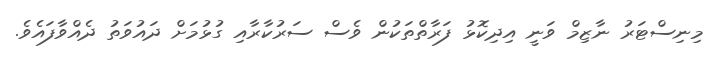
މިނިސްޓަރު ނާޒިމް ވަނީ އިދިކޮޅު ފަރާތްތަކުން ވެސް ސަރުކާރާއި ގުޅުމަށް ދައުވަތު ދެއްވާފައެވެ.